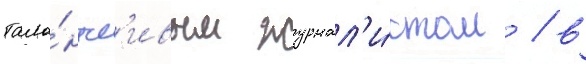
тала́нтл'ивым журнал'и́стом / в